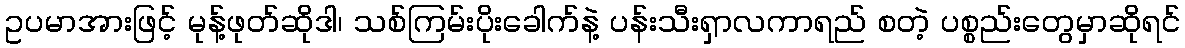
ဥပမာအားဖြင့် မုန့်ဖုတ်ဆိုဒါ၊ သစ်ကြမ်းပိုးခေါက်နဲ့ ပန်းသီးရှာလကာရည် စတဲ့ ပစ္စည်းတွေမှာဆိုရင်